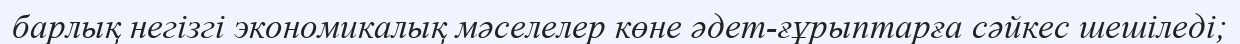
барлық негізгі экономикалық мәселелер көне әдет-ғұрыптарға сәйкес шешіледі;